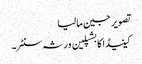
تصویر جین مالیا
کینیڈا کا بشپلین ورثہ سنٹر۔